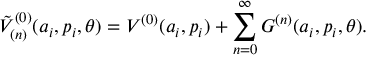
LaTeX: { \tilde { V } } _ { ( n ) } ^ { ( 0 ) } ( a _ { i } , p _ { i } , \theta ) = V ^ { ( 0 ) } ( a _ { i } , p _ { i } ) + \sum _ { n = 0 } ^ { \infty } { \cal G } ^ { ( n ) } ( a _ { i } , p _ { i } , \theta ) .